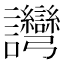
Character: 𬣗